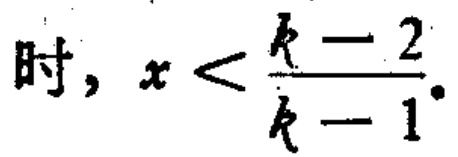
时, \(x < \frac{k - 2}{k - 1}\).